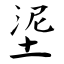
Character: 埿